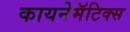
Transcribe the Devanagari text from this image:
कायनेमॅटिक्स